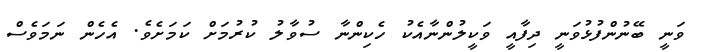
ވަނީ ބޭނުންފުޅުވަނީ ދިފާއީ ވަކީލުންނާއެކު ހެކިންނާ ސުވާލު ކުރުމަށް ކަމަށެވެ. އެހެން ނަމަވެސް